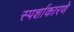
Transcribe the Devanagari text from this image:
स्पर्शाकारणे